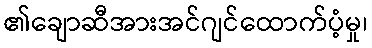
၏ချောဆီအားအင်ဂျင်ထောက်ပံ့မှု၊